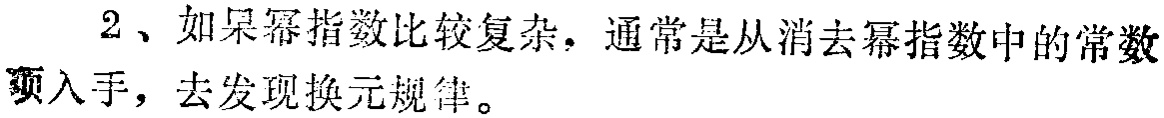
2、如果幂指数比较复杂，通常是从消去幂指数中的常数项入手，去发现换元规律。